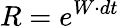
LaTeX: R=e^{W\cdot dt}